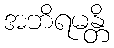
အဘိရမန္တိ